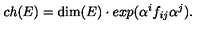
c h ( E ) = \mathrm { d i m } ( E ) \cdot e x p ( \alpha ^ { i } f _ { i j } \alpha ^ { j } ) .